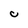
Character: C